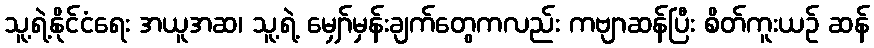
သူ့ရဲ့နိုင်ငံရေး အယူအဆ၊ သူ့ရဲ့ မျှော်မှန်းချက်တွေကလည်း ကဗျာဆန်ပြီး စိတ်ကူးယဉ် ဆန်